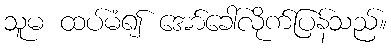
သူမ ထပ်မံ၍ အော်ခေါ်လိုက်ပြန်သည်။